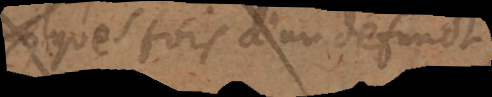
quelques fois d’un defunct